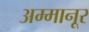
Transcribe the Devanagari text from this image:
अम्मानूर